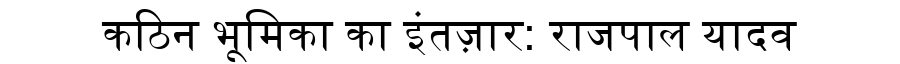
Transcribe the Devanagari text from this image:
कठिन भूमिका का इंतज़ार: राजपाल यादव